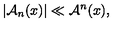
\left| { \cal A } _ { n } ( x ) \right| \ll { \cal A } ^ { n } ( x ) ,